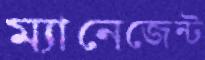
ম্যানেজেন্ট